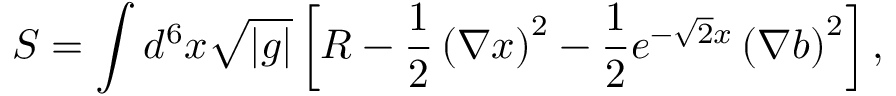
S = \int d ^ { 6 } x \sqrt { | g | } \left[ R - \frac { 1 } { 2 } \left( \nabla x \right) ^ { 2 } - \frac { 1 } { 2 } e ^ { - \sqrt { 2 } x } \left( \nabla b \right) ^ { 2 } \right] ,